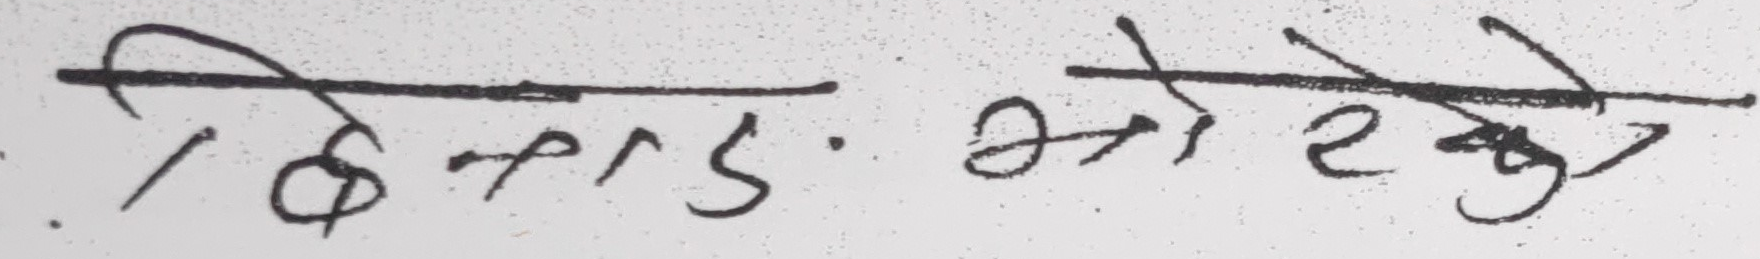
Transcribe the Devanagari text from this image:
/हिनाउ भो रको